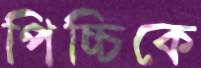
পিচ্চিকে